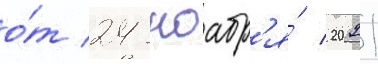
о́т 24 ноабр'я́ 2021